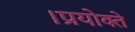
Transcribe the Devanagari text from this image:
।प्रयोक्ते